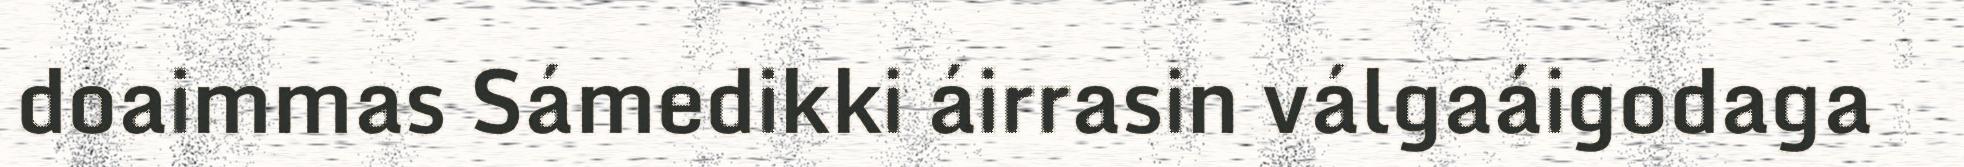
doaimmas Sámedikki áirrasin válgaáigodaga